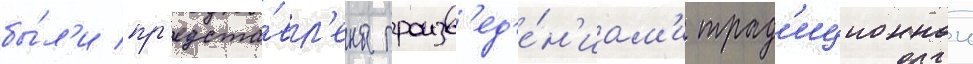
бы́л'и пр'едста́вл'ены произв'ед'е́н'иам'и трад'иционнои